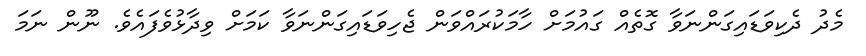
މެދު ދެކިވަޑައިގަންނަވާ ގޮތެއް ގައުމަށް ހާމަކުރައްވަން ޖެހިވަޑައިގަންނަވާ ކަމަށް ވިދާޅުވެފައެވެ. ނޫން ނަމަ